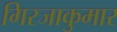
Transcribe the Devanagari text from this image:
गिरजाकुमार